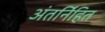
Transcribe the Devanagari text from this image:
अंतर्नि॑हित